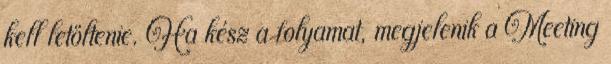
kell letöltenie. Ha kész a folyamat, megjelenik a Meeting